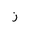
Letter: _zay